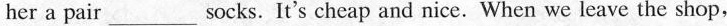
her a pair ___ socks. It's cheap and nice. When we leave the shop,